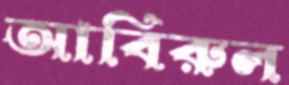
আবিরুল